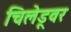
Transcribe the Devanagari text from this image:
चिलेडूवर